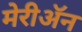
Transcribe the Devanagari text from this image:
मेरीॲन